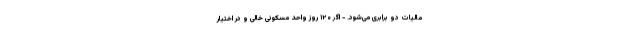
مالیات دو برابری می‌شود. - اگر ۱۲۰ روز واحد مسکونی خالی و در اختیار